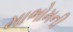
માભોમની